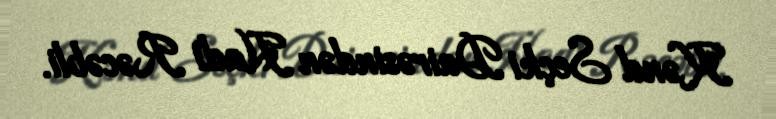
Kənd Seçki Dairəsindən Hadi Rəcəbli.